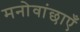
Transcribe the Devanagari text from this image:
मनोवांछाएँ